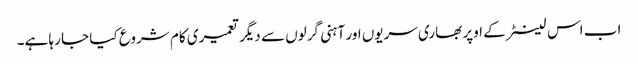
اب اس لینٹر کے اوپر بھاری سریوں اور آہنی گرلوں سے دیگر تعمیری کام شروع کیا جا رہا ہے۔